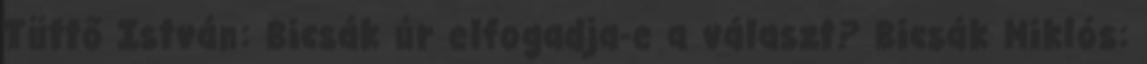
Tüttő István: Bicsák úr elfogadja-e a választ? Bicsák Miklós: